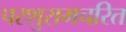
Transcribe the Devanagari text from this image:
परशुरामचरित